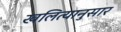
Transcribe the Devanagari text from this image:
खलित्यानुसार